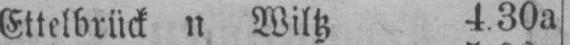
Ettelbrück n Wiltz 4.30a